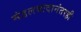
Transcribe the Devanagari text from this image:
मंडलवादानंतरही